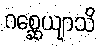
ဂစ္ဆေယျာသိ